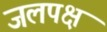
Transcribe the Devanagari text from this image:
जलपक्ष